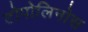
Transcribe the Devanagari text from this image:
टोपोलिनोस